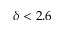
\delta < 2 . 6